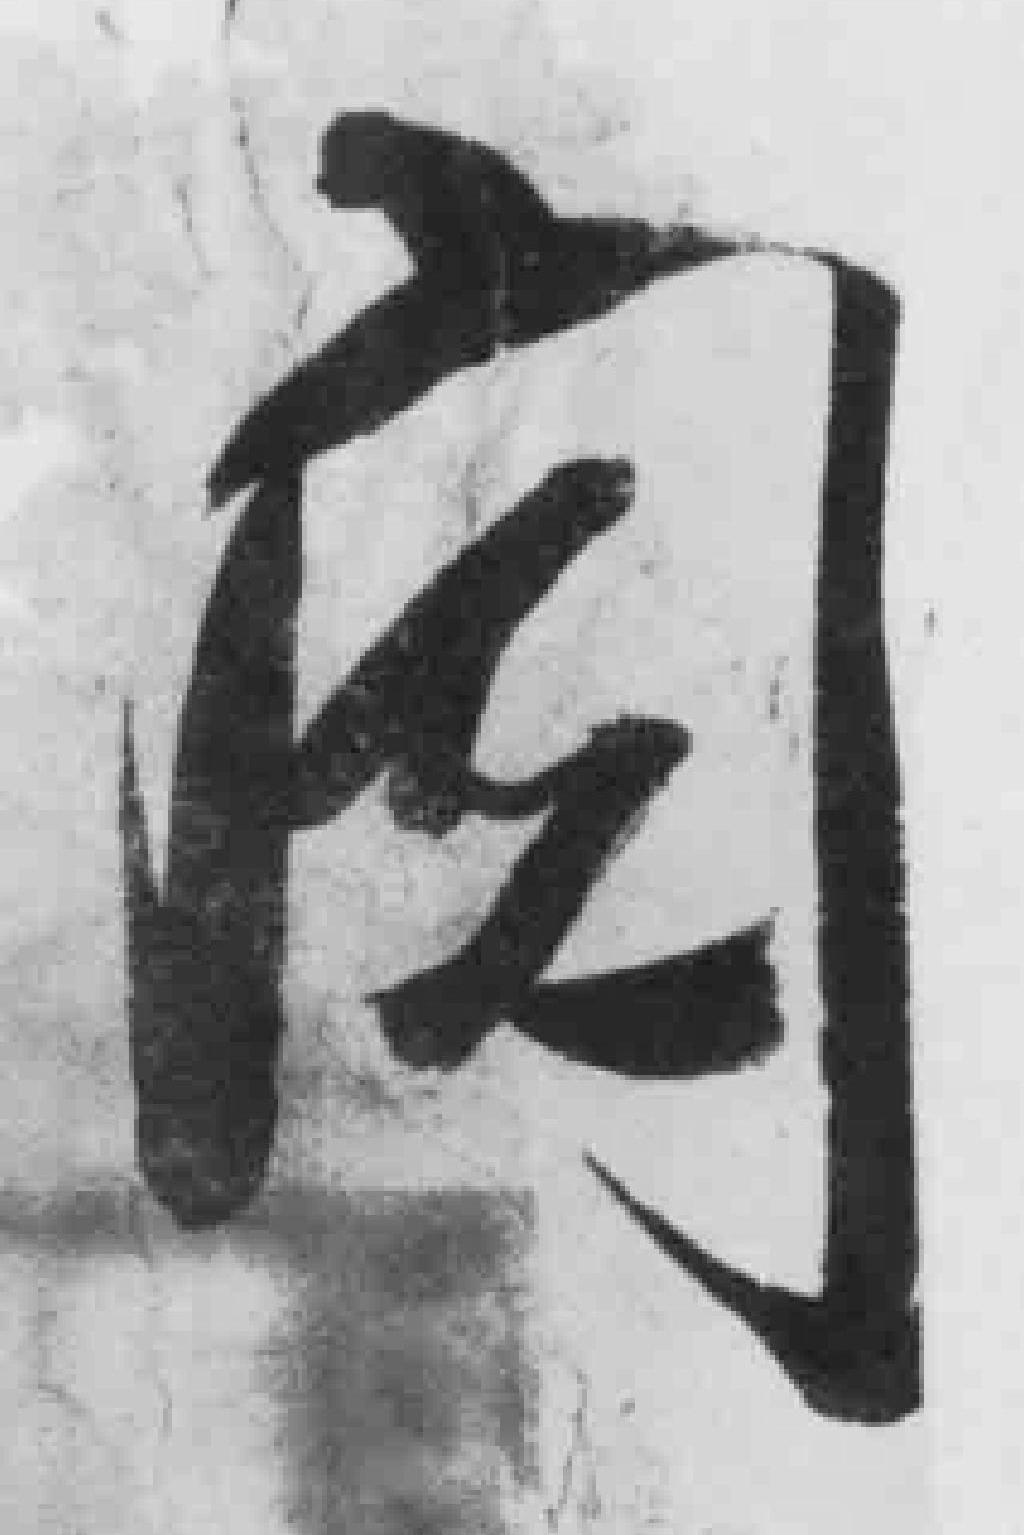
阅